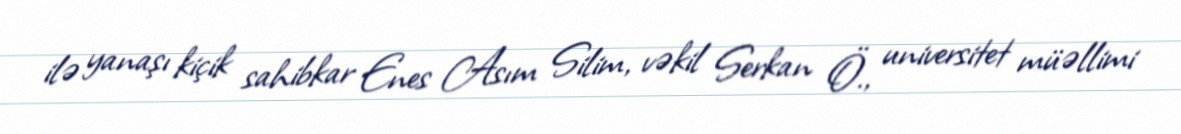
ilə yanaşı kiçik sahibkar Enes Asım Silim, vəkil Serkan Ö., universitet müəllimi